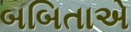
બબિતાએ